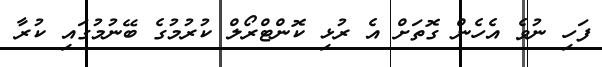
ފަހި ނުވެ އެހެން ގޮތަށް އެ ރުޅި ކޮންޓްރޯލް ކުރުމުގެ ބޭނުމުގައި ކުރާ